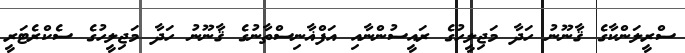
ސްރީލަންކާގެ ޤާނޫނު ހަދާ މަޖިލީހުގެ ރައީސުންނާއި އަފްޣާނިސްތާނުގެ ޤާނޫނު ހަދާ މަޖިލީހުގެ ސެކްރެޓަރީ